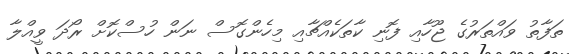
ތަފާތު ވައްތަރުގެ ޖޫހާއި ފޮނި ކާތަކެއްޗާއި މިހެންގޮސް ނަން ހުސްކޮށް ރޯދަ ވީއްލާ